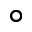
^ \circ